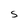
Character: S